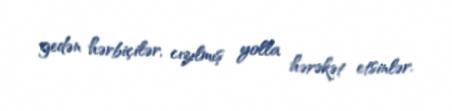
gedən hərbiçilər, cızılmış yolla hərəkət etsinlər.